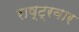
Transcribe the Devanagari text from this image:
राष्ट्रवार